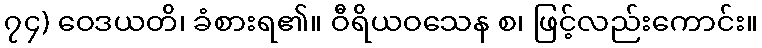
၇၄) ဝေဒယတိ၊ ခံစားရ၏။ ဝီရိယဝသေန စ၊ ဖြင့်လည်းကောင်း။